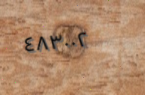
٤٨٣٠٠٢